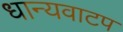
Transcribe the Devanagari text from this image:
धान्यवाटप